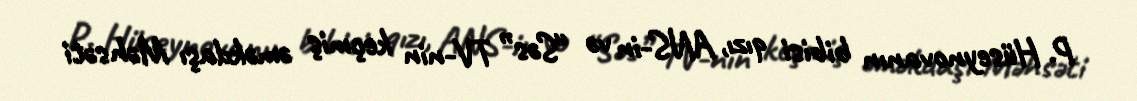
P. Hüseynovanın bibisi qızı, ANS-in və “Səs” TV-nin keçmiş əməkdaşı Məhsəti